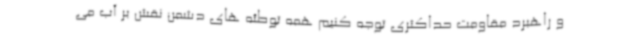
و راهبرد مقاومت حداکثری توجه کنیم همه توطئه های دشمن نقش بر آب می